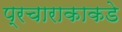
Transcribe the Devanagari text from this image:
प्रचाराकाकडे